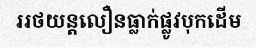
ររថយន្តលឿនធ្លាក់ផ្លូវបុកដើម